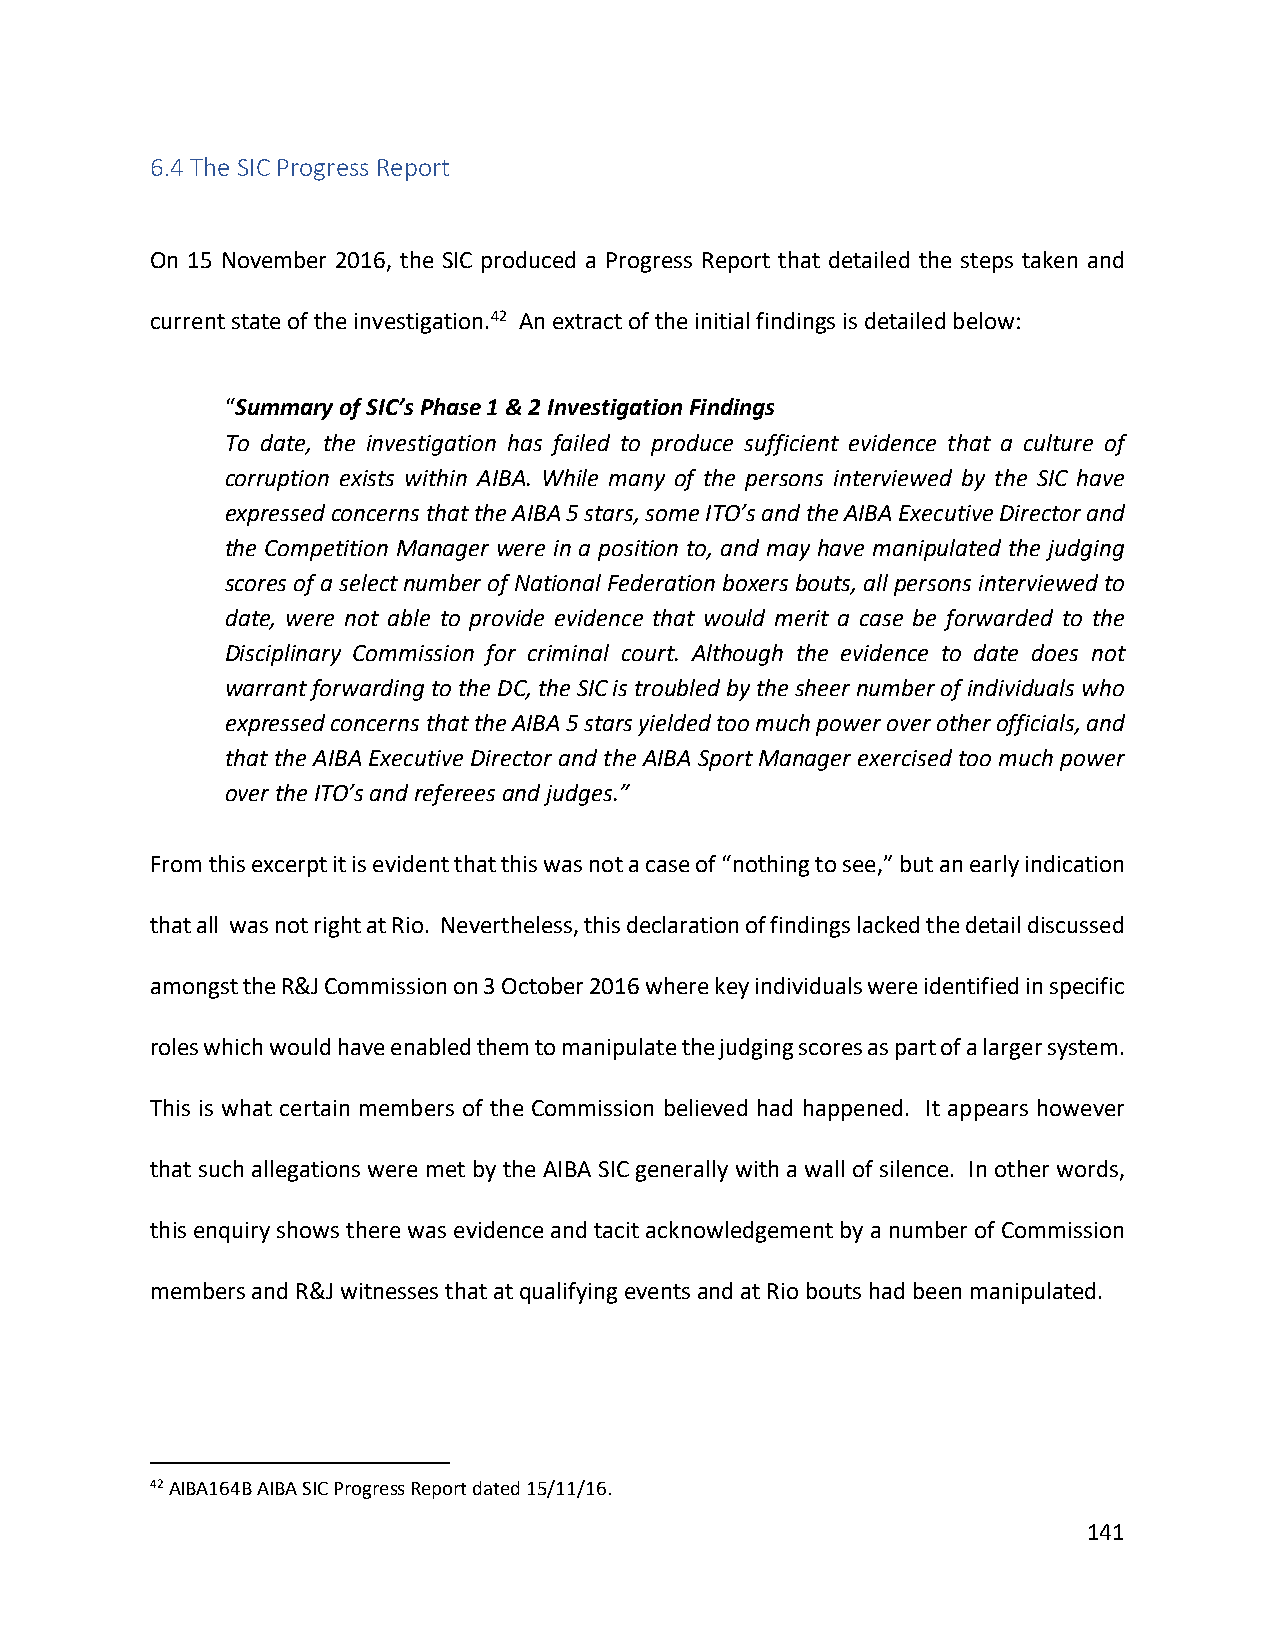
6.4 The SIC Progress Report
 On 15 November 2016, the SIC produced a Progress Report that detailed the steps taken and
 current state of the investigation.42 An extract of the initial findings is detailed below:
 “Summary of SIC’s Phase 1 & 2 Investigation Findings
 To date, the investigation has failed to produce sufficient evidence that a culture of
 corruption exists within AIBA. While many of the persons interviewed by the SIC have
 expressed concerns that the AIBA 5 stars, some ITO’s and the AIBA Executive Director and
 the Competition Manager were in a position to, and may have manipulated the judging
 scores of a select number of National Federation boxers bouts, all persons interviewed to
 date, were not able to provide evidence that would merit a case be forwarded to the
 Disciplinary Commission for criminal court. Although the evidence to date does not
 warrant forwarding to the DC, the SIC is troubled by the sheer number of individuals who
 expressed concerns that the AIBA 5 stars yielded too much power over other officials, and
 that the AIBA Executive Director and the AIBA Sport Manager exercised too much power
 over the ITO’s and referees and judges.”
 From this excerpt it is evident that this was not a case of “nothing to see,” but an early indication
 that all was not right at Rio. Nevertheless, this declaration of findings lacked the detail discussed
 amongst the R&J Commission on 3 October 2016 where key individuals were identified in specific
 roles which would have enabled them to manipulate the judging scores as part of a larger system.
 This is what certain members of the Commission believed had happened. It appears however
 that such allegations were met by the AIBA SIC generally with a wall of silence. In other words,
 this enquiry shows there was evidence and tacit acknowledgement by a number of Commission
 members and R&J witnesses that at qualifying events and at Rio bouts had been manipulated.
 42 AIBA164B AIBA SIC Progress Report dated 15/11/16.
 141